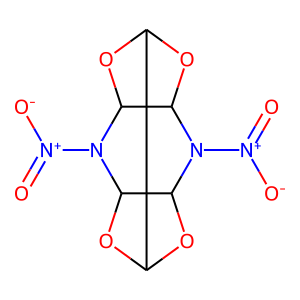
SMILES: O=[N+]([O-])N1C2OC3OC2N([N+](=O)[O-])C2OC3OC21
Inhibits HIV replication: No